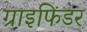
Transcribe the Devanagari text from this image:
ग्राइफिंडर